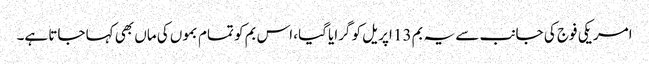
امریکی فوج کی جانب سے یہ بم 13 اپریل کو گرایا گیا، اس بم کو تمام بموں کی ماں بھی کہا جاتا ہے۔